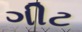
ગીટ